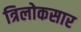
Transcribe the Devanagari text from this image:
त्रिलोकसार